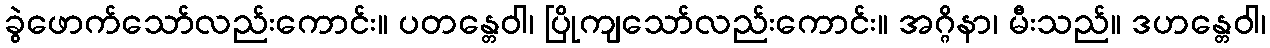
ခွဲဖောက်သော်လည်းကောင်း။ ပတန္တေဝါ၊ ပြိုကျသော်လည်းကောင်း။ အဂ္ဂိနာ၊ မီးသည်။ ဒဟန္တေဝါ၊